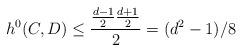
LaTeX: \begin{align*} h^0(C, D) \leq \frac{ \frac{d-1}{2} \frac{d+1}{2} }{2} = (d^2 - 1)/8 \end{align*}